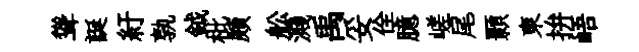
聳誕紆孰鉞枇頗舩濺禹妥佺臆嵯尾顥東拚峿